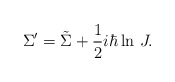
\begin{align*}\Sigma^\prime=\tilde\Sigma+{1\over 2}i\hbar\ln\,J.\end{align*}